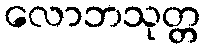
လောဘသုတ္တ